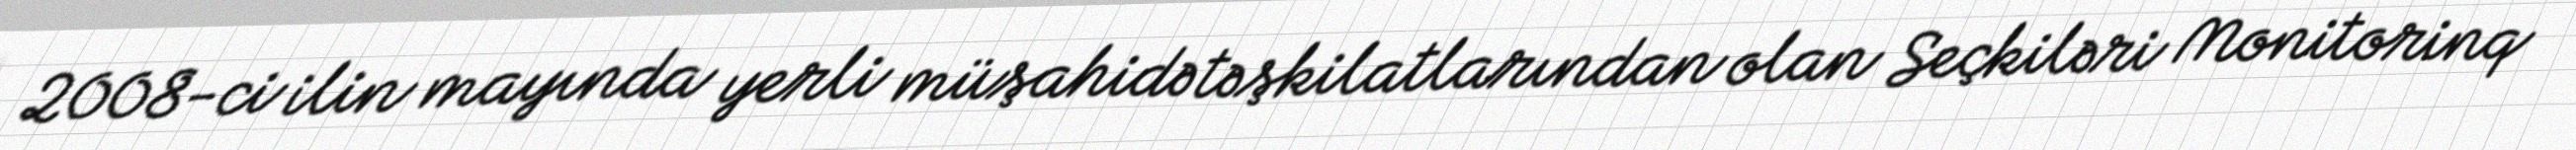
2008-ci ilin mayında yerli müşahidə təşkilatlarından olan Seçkiləri Monitorinq